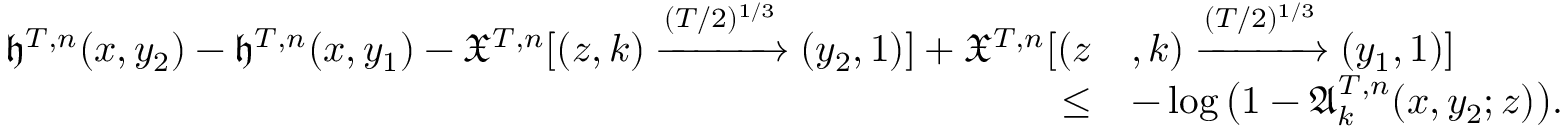
\begin{array} { r l } { \mathfrak { h } ^ { T , n } ( x , y _ { 2 } ) - \mathfrak { h } ^ { T , n } ( x , y _ { 1 } ) - \mathfrak { X } ^ { T , n } [ ( z , k ) \xrightarrow { ( T / 2 ) ^ { 1 / 3 } } ( y _ { 2 } , 1 ) ] + \mathfrak { X } ^ { T , n } [ ( z } & { , k ) \xrightarrow { ( T / 2 ) ^ { 1 / 3 } } ( y _ { 1 } , 1 ) ] } \\ { \leq } & { - \log \big ( 1 - \mathfrak { A } _ { k } ^ { T , n } ( x , y _ { 2 } ; z ) \big ) . } \end{array}